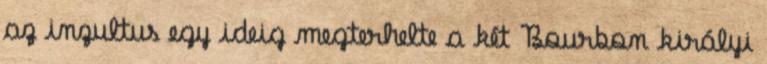
az inzultus egy ideig megterhelte a két Bourbon királyi